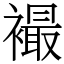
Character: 襊